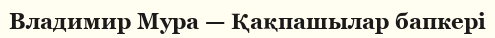
Владимир Мура — Қақпашылар бапкері